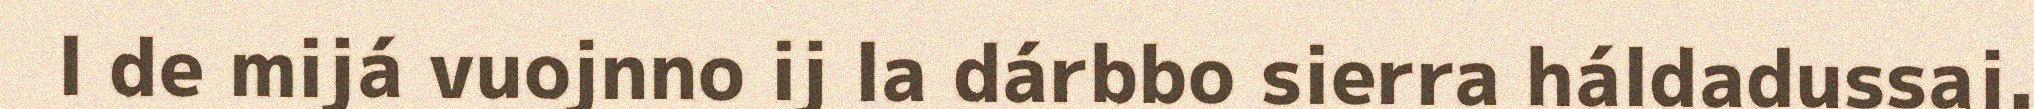
l de mijá vuojnno ij la dárbbo sierra háldadussaj.